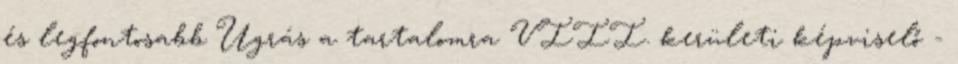
és legfontosabb Ugrás a tartalomra VIII. kerületi képviselő -